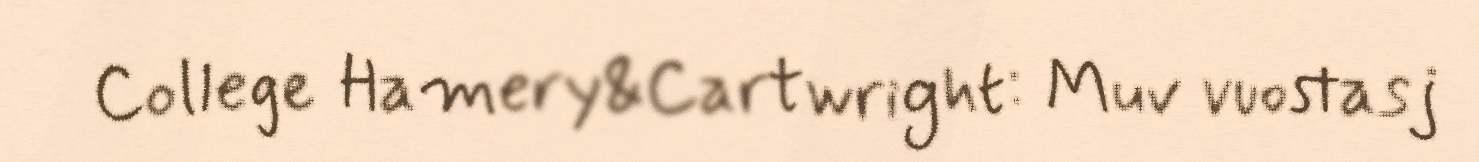
College Hamery&Cartwright: Muv vuostasj